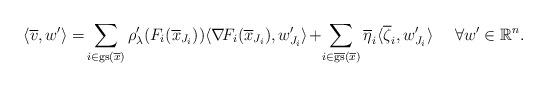
LaTeX: \begin{align*} \langle \overline{v}, w'\rangle=\!\sum_{i\in{\rm gs}(\overline{x})}\rho_{\lambda}'(F_i(\overline{x}_{J_i}))\langle \nabla\!F_i(\overline{x}_{J_i}),w_{J_i}'\rangle\!+\!\sum_{i\in\overline{{\rm gs}}(\overline{x})}\overline{\eta}_i\langle\overline{\zeta}_i,w_{J_i}'\rangle \quad\ \forall w'\in\mathbb{R}^n.\end{align*}